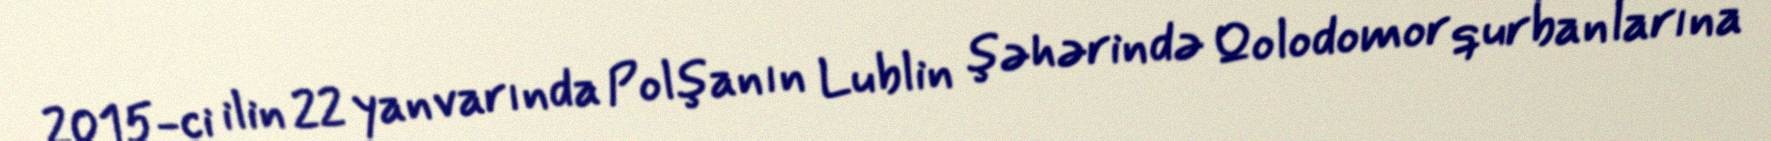
2015-ci ilin 22 yanvarında Polşanın Lublin şəhərində Qolodomor qurbanlarına